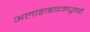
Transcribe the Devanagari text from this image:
अलाहाबादमधूनही